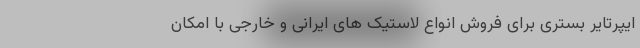
ایپرتایر بستری برای فروش انواع لاستیک های ایرانی و خارجی با امکان